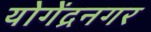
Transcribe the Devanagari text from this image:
योगेंद्रनगर